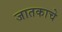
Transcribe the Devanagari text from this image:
जातकाचे